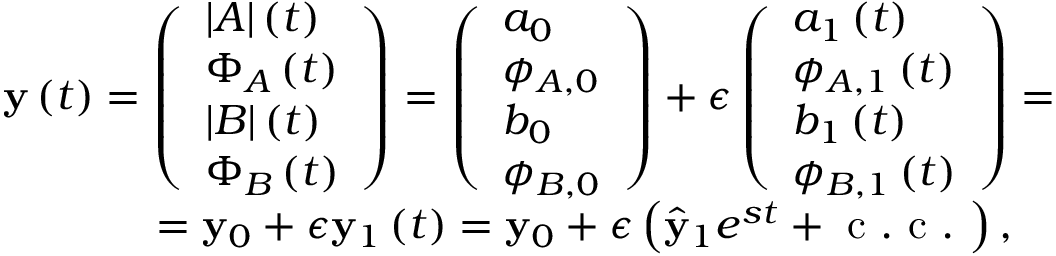
\begin{array} { r } { \mathbf { y } \left( t \right) = \left( \begin{array} { l } { | A | \left( t \right) } \\ { \Phi _ { A } \left( t \right) } \\ { | B | \left( t \right) } \\ { \Phi _ { B } \left( t \right) } \end{array} \right) = \left( \begin{array} { l } { a _ { 0 } } \\ { \phi _ { A , 0 } } \\ { b _ { 0 } } \\ { \phi _ { B , 0 } } \end{array} \right) + \epsilon \left( \begin{array} { l } { a _ { 1 } \left( t \right) } \\ { \phi _ { A , 1 } \left( t \right) } \\ { b _ { 1 } \left( t \right) } \\ { \phi _ { B , 1 } \left( t \right) } \end{array} \right) = } \\ { = \mathbf { y } _ { 0 } + \epsilon \mathbf { y } _ { 1 } \left( t \right) = \mathbf { y } _ { 0 } + \epsilon \left( \hat { \mathbf { y } } _ { 1 } e ^ { s t } + \mathrm { ~ c ~ . ~ c ~ . ~ } \right) , \ \ \ } \end{array}